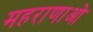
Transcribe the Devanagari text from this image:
महराणाओ